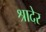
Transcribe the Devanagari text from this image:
श्रादेर